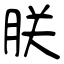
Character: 朕